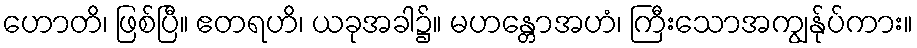
ဟောတိ၊ ဖြစ်ပြီ။ ဧတရဟိ၊ ယခုအခါ၌။ မဟန္တောအဟံ၊ ကြီးသောအကျွန်ုပ်ကား။